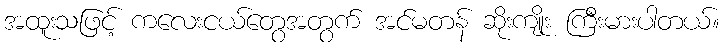
အထူးသဖြင့် ကလေးငယ်တွေအတွက် အင်မတန် ဆိုးကျိုး ကြီးမားပါတယ်။